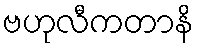
ဗဟုလီကတာနိ